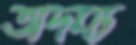
অদম্য